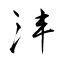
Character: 沣